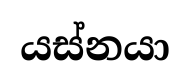
යස්නයා